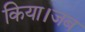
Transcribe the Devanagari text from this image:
किया।जब